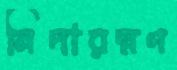
নিদারম্নণ